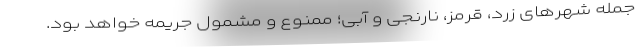
جمله شهرهای زرد، قرمز، نارنجی و آبی؛ ممنوع و مشمول جریمه خواهد بود.